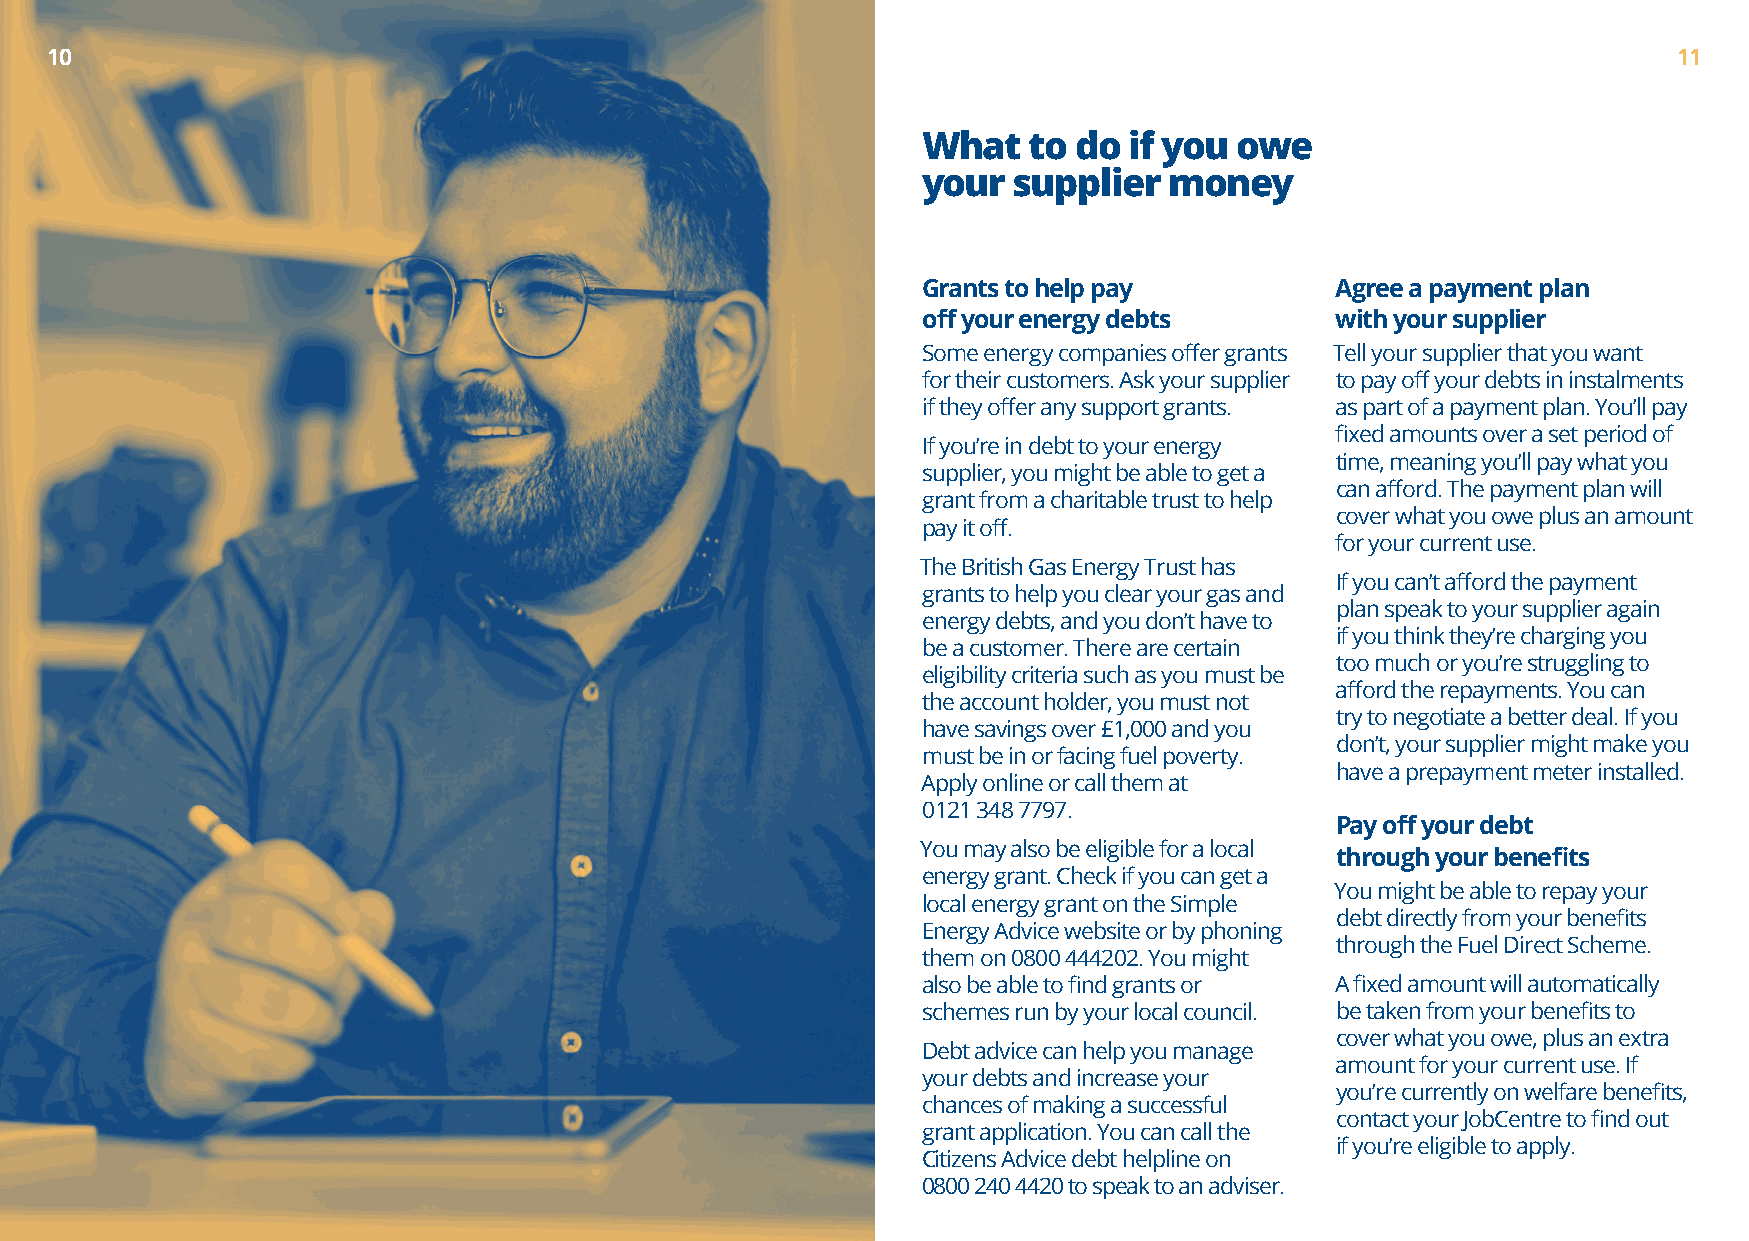
1100                                                                                                        11
 What   to do  if you owe
 your  supplier  money
 Grants to help pay         Agree a payment plan
 off your energy debts      with your supplier
 Some energy companies offer grants Tell your supplier that you want
 for their customers. Ask your supplier to pay off your debts in instalments
 if they offer any support grants. as part of a payment plan. You’ll pay
 fixed amounts over a set period of
 If you’re in debt to your energy
 time, meaning you’ll pay what you
 supplier, you might be able to get a
 can afford. The payment plan will
 grant from a charitable trust to help
 cover what you owe plus an amount
 pay it off.
 for your current use.
 The British Gas Energy Trust has
 If you can’t afford the payment
 grants to help you clear your gas and
 plan speak to your supplier again
 energy debts, and you don’t have to
 if you think they’re charging you
 be a customer. There are certain
 too much or you’re struggling to
 eligibility criteria such as you must be
 afford the repayments. You can
 the account holder, you must not
 try to negotiate a better deal. If you
 have savings over £1,000 and you
 don’t, your supplier might make you
 must be in or facing fuel poverty.
 have a prepayment meter installed.
 Apply online or call them at
 0121 348 7797.
 Pay off your debt
 You may also be eligible for a local
 through your benefits
 energy grant. Check if you can get a
 You might be able to repay your
 local energy grant on the Simple
 debt directly from your benefits
 Energy Advice website or by phoning
 through the Fuel Direct Scheme.
 them on 0800 444202. You might
 also be able to find grants or A fixed amount will automatically
 schemes run by your local council. be taken from your benefits to
 cover what you owe, plus an extra
 Debt advice can help you manage
 amount for your current use. If
 your debts and increase your
 you’re currently on welfare benefits,
 chances of making a successful
 contact your JobCentre to find out
 grant application. You can call the
 if you’re eligible to apply.
 Citizens Advice debt helpline on
 0800 240 4420 to speak to an adviser.